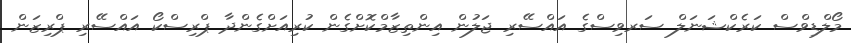
މޯލްޑިވްސް ކަރެކްޝަނަލް ސަރވިސްގެ އައްސޭރި ޖަލުން އިންތިޒާމްކޮށްގެން ކުރިއަށްގެންދާ ޕްރިސްކޯ އައްސޭރި ޕްރިޒަން